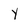
Character: y